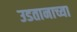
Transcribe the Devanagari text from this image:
उडतानाच्या